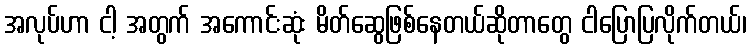
အလုပ်ဟာ ငါ့ အတွက် အကောင်းဆုံး မိတ်ဆွေဖြစ်နေတယ်ဆိုတာတွေ ငါပြောပြလိုက်တယ်၊